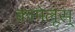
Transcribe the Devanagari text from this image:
कामेलूस्